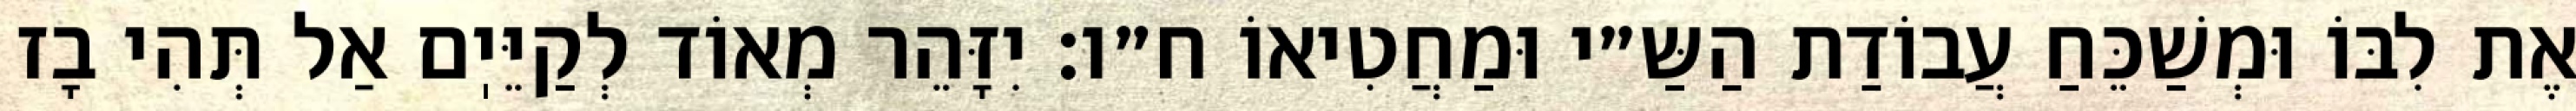
אֶת לִבּוֹ וּמְשַׁכֵּחַ עֲבוֹדַת הַשַּ״י וּמַחֲטִיאוֹ ח״ו: יִזָּהֵר מְאוֹד לְקַיֵּיֽם אַל תְּהִי בָז